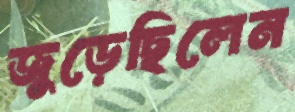
জুড়েছিলেন